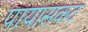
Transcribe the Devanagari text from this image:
पायासकट